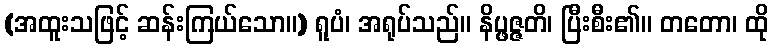
(အထူးသဖြင့် ဆန်းကြယ်သော။) ရူပံ၊ အရုပ်သည်။ နိပ္ဖဇ္ဇတိ၊ ပြီးစီး၏။ တတော၊ ထို